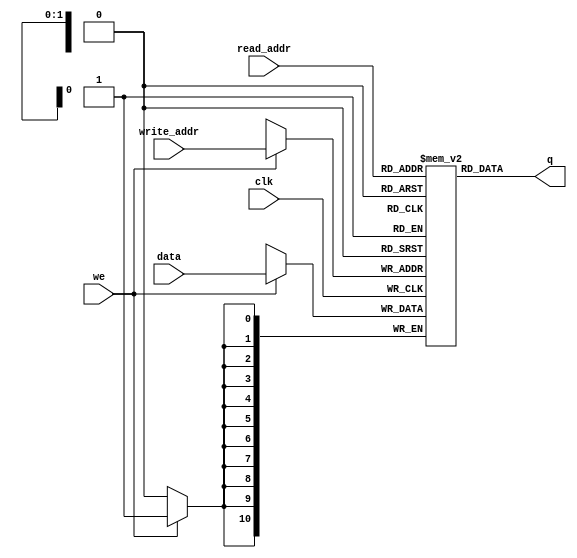
`timescale 1ns / 1ps
//////////////////////////////////////////////////////////////////////////////////
// Company:
// 
// Design Name: 
// Module Name: RAMs
// Project Name: L23buffer_v1 
// Target Devices: 
// Tool Versions: 
// Description: 
// 
// Dependencies: 
// 
// Revision:
// Revision 0.01 - File Created
// Additional Comments:
// 
//////////////////////////////////////////////////////////////////////////////////

//Distributed Simple Dual port RAM, async read
module dual_port_asyncout_ram #(parameter D_WIDTH = 11, parameter A_WIDTH = 2)
(
    input clk,
    input we,
    input [(D_WIDTH-1):0] data,
    input [(A_WIDTH-1):0] read_addr, write_addr,
    output [(D_WIDTH-1):0] q
);

 reg [D_WIDTH-1:0] ram[2**A_WIDTH-1:0];

 always @ (posedge clk)
    begin
       if (we)
        ram[write_addr] <= data;
    end
assign q = ram[read_addr];
endmodule



//Block Simple Dual port RAM, syncronous read with output port enable signal.
module dual_port_syncout_enabled_ram #(parameter D_WIDTH=8, parameter A_WIDTH=13)
(
	input clk,
	input rst,
	input enableout,
	input we,
	input [(D_WIDTH-1):0] data,
	input [(A_WIDTH-1):0] read_addr,
	input [(A_WIDTH-1):0] write_addr,
	output reg [(D_WIDTH-1):0] q
);

(*ramstyle = "block"*)reg [D_WIDTH-1:0] ram[2**A_WIDTH-1:0];


always @(posedge clk) begin 
	if (we)
		ram[write_addr] <= data;
end

always @(posedge clk) begin                                                                                          
	  if (rst)                                                                         
	    begin                                                                                      
	      q <= {D_WIDTH{1'b0}};                                                                                                                         
	    end                                                                                    
	  else if (enableout)                                                                                         
	    begin
	    q <= ram[read_addr];                                                                                                                                     
	    end
//NOTE: If (~enableout & ~rst) then (q) remains unchanged.
            end  

endmodule